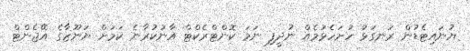
ޔުނައިޓެޑުން ރަނގަޅު ހުށަހެޅުމެއް ނުދީފި ނަމަ ކޮންޓްރެކްޓް އާނުކުރާނެ ކަމަށް ޔަނޫޒާގެ އޭޖެންޓް